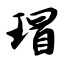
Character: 瑁